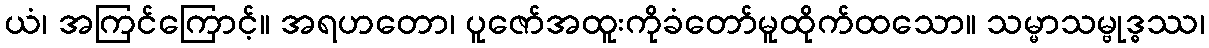
ယံ၊ အကြင်ကြောင့်။ အရဟတော၊ ပူဇော်အထူးကိုခံတော်မူထိုက်ထသော။ သမ္မာသမ္ဗုဒ္ဓဿ၊